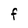
Character: f